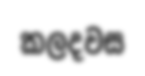
කලදවස